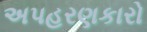
અપહરણકારો